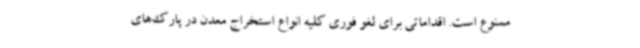
ممنوع است. اقداماتی برای لغو فوری کلیه انواع استخراج معدن در پارک‌های